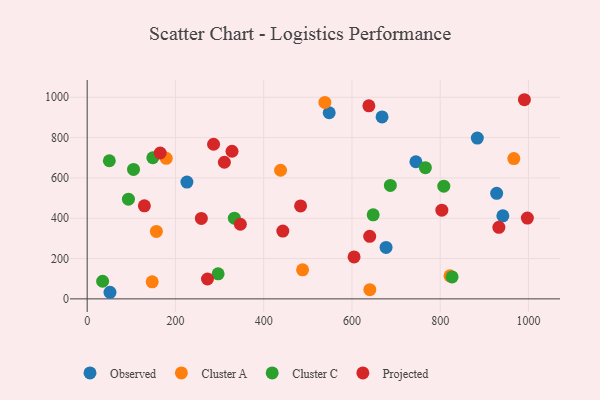
{"axis": {"x": "Speed", "y": "Profit"}, "legend": ["Cluster A", "Cluster C", "Observed", "Projected"], "data": [{"x": "226.0", "y": 579.4, "type": "Observed"}, {"x": "941.9", "y": 411.8, "type": "Observed"}, {"x": "668.2", "y": 902.5, "type": "Observed"}, {"x": "677.3", "y": 255.2, "type": "Observed"}, {"x": "548.4", "y": 923.0, "type": "Observed"}, {"x": "927.9", "y": 523.4, "type": "Observed"}, {"x": "884.1", "y": 797.6, "type": "Observed"}, {"x": "744.9", "y": 680.1, "type": "Observed"}, {"x": "51.7", "y": 32.7, "type": "Observed"}, {"x": "822.0", "y": 114.2, "type": "Cluster A"}, {"x": "640.5", "y": 45.4, "type": "Cluster A"}, {"x": "488.1", "y": 144.0, "type": "Cluster A"}, {"x": "538.6", "y": 974.5, "type": "Cluster A"}, {"x": "438.2", "y": 637.9, "type": "Cluster A"}, {"x": "147.3", "y": 84.3, "type": "Cluster A"}, {"x": "156.8", "y": 334.4, "type": "Cluster A"}, {"x": "179.2", "y": 697.1, "type": "Cluster A"}, {"x": "966.8", "y": 695.7, "type": "Cluster A"}, {"x": "808.1", "y": 558.9, "type": "Cluster C"}, {"x": "296.7", "y": 124.4, "type": "Cluster C"}, {"x": "648.1", "y": 416.7, "type": "Cluster C"}, {"x": "826.9", "y": 108.7, "type": "Cluster C"}, {"x": "333.5", "y": 400.1, "type": "Cluster C"}, {"x": "93.5", "y": 494.7, "type": "Cluster C"}, {"x": "105.0", "y": 641.9, "type": "Cluster C"}, {"x": "35.0", "y": 87.3, "type": "Cluster C"}, {"x": "148.7", "y": 699.8, "type": "Cluster C"}, {"x": "50.2", "y": 685.0, "type": "Cluster C"}, {"x": "766.4", "y": 650.8, "type": "Cluster C"}, {"x": "687.0", "y": 562.7, "type": "Cluster C"}, {"x": "443.3", "y": 336.2, "type": "Projected"}, {"x": "604.8", "y": 208.0, "type": "Projected"}, {"x": "286.4", "y": 766.9, "type": "Projected"}, {"x": "129.6", "y": 461.3, "type": "Projected"}, {"x": "483.6", "y": 460.9, "type": "Projected"}, {"x": "932.9", "y": 354.8, "type": "Projected"}, {"x": "328.2", "y": 732.2, "type": "Projected"}, {"x": "272.6", "y": 98.5, "type": "Projected"}, {"x": "803.7", "y": 439.7, "type": "Projected"}, {"x": "990.8", "y": 987.7, "type": "Projected"}, {"x": "258.7", "y": 399.1, "type": "Projected"}, {"x": "165.5", "y": 723.5, "type": "Projected"}, {"x": "347.1", "y": 370.0, "type": "Projected"}, {"x": "640.2", "y": 310.2, "type": "Projected"}, {"x": "997.5", "y": 400.5, "type": "Projected"}, {"x": "310.9", "y": 677.5, "type": "Projected"}, {"x": "638.3", "y": 957.5, "type": "Projected"}]}